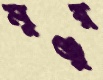
মুঞ্জুর